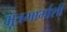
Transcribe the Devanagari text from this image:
मूत्रमार्गाशी